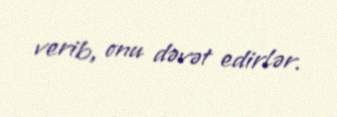
verib, onu dəvət edirlər.